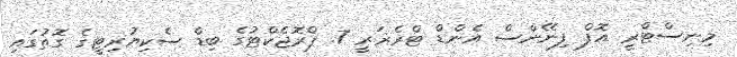
މިނިސްޓްރީ އޮފް ފިނޭންސް އެންޑް ޓްރެޜަރީ 7. ޕްރޮޖެކްޓުގެ ބިޑް ސެކިޔުރިޓީގެ ގޮތުގައި